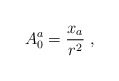
\begin{align*}A_{0}^{a} = \frac{x_{a}}{r^{2}} ~,\end{align*}